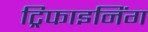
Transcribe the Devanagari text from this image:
ट्रिफाइनिंग